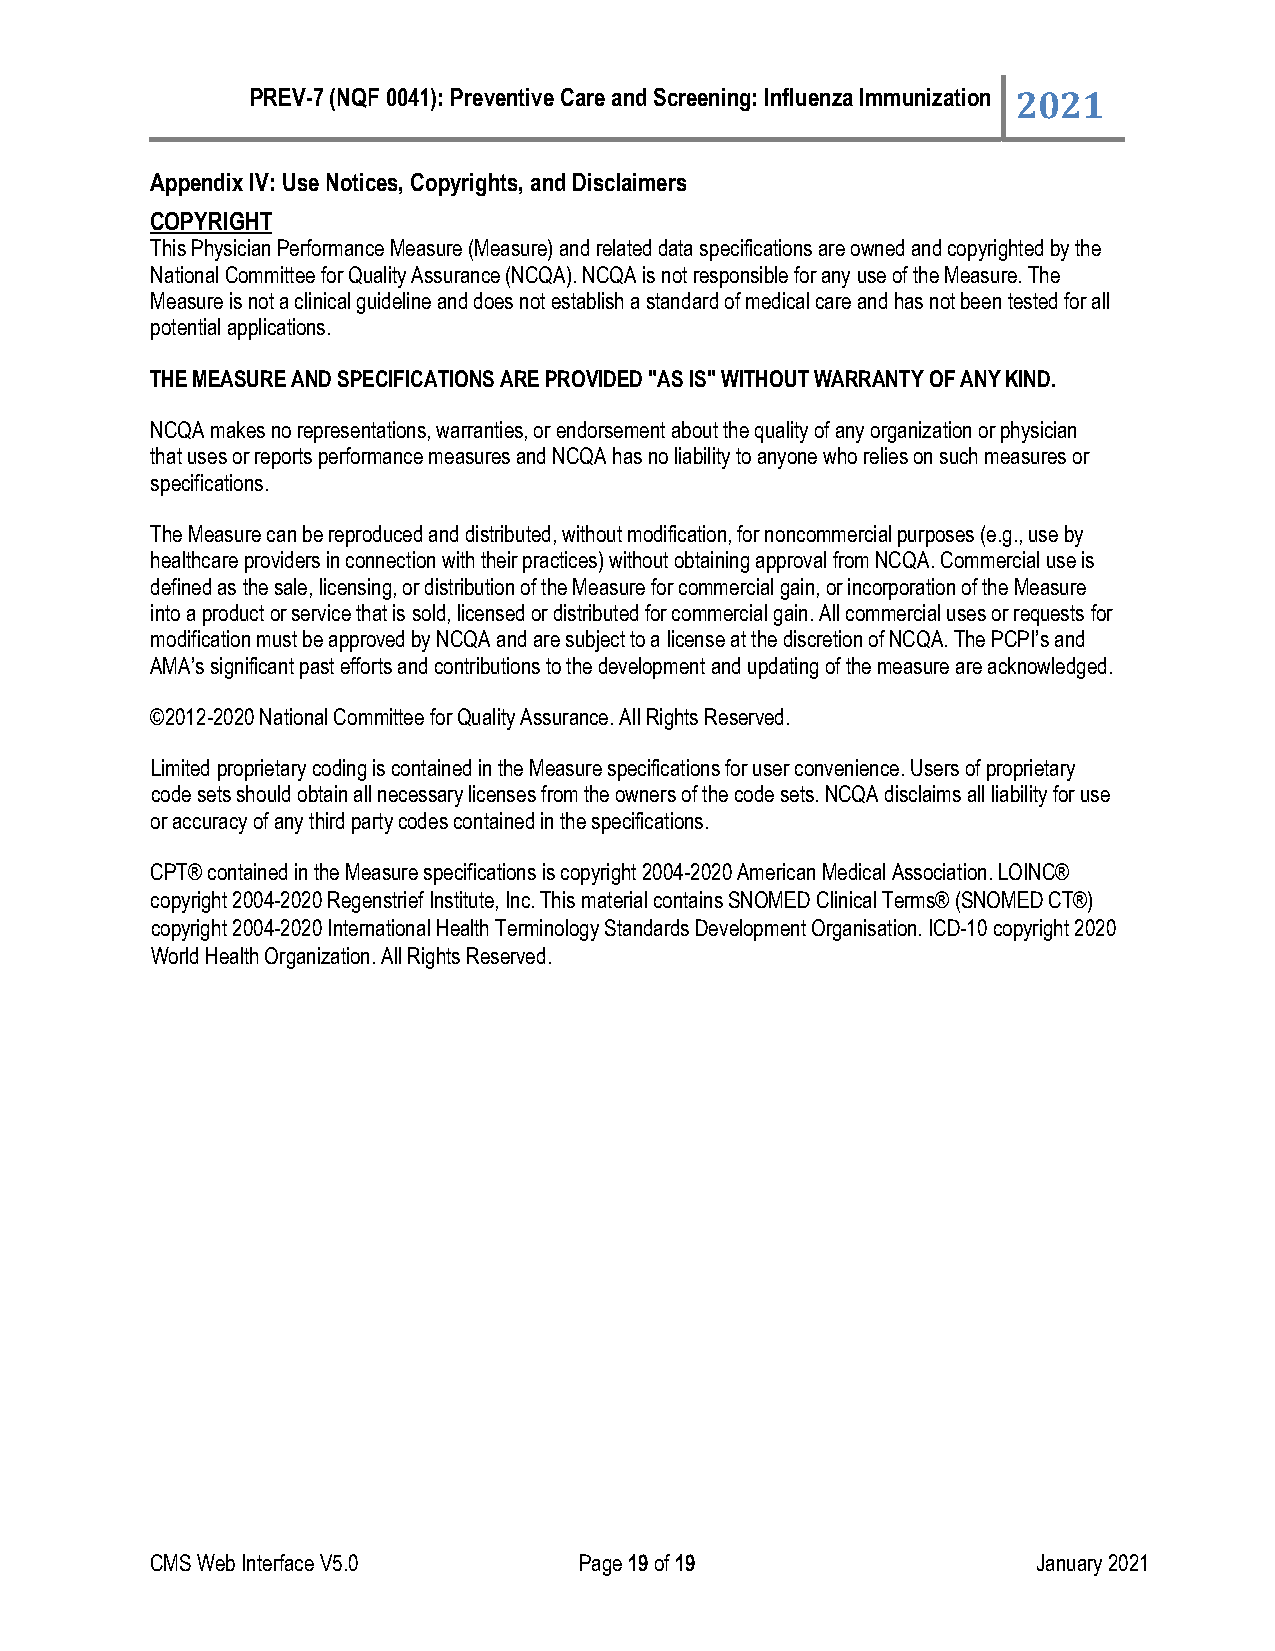
PREV-7 (NQF 0041): Preventive Care and Screening: Influenza Immunization 2021
 Appendix IV: Use Notices, Copyrights, and Disclaimers
 COPYRIGHT
 This Physician Performance Measure (Measure) and related data specifications are owned and copyrighted by the
 National Committee for Quality Assurance (NCQA). NCQA is not responsible for any use of the Measure. The
 Measure is not a clinical guideline and does not establish a standard of medical care and has not been tested for all
 potential applications.
 THE MEASURE AND SPECIFICATIONS ARE PROVIDED "AS IS" WITHOUT WARRANTY OF ANY KIND.
 NCQA makes no representations, warranties, or endorsement about the quality of any organization or physician
 that uses or reports performance measures and NCQA has no liability to anyone who relies on such measures or
 specifications.
 The Measure can be reproduced and distributed, without modification, for noncommercial purposes (e.g., use by
 healthcare providers in connection with their practices) without obtaining approval from NCQA. Commercial use is
 defined as the sale, licensing, or distribution of the Measure for commercial gain, or incorporation of the Measure
 into a product or service that is sold, licensed or distributed for commercial gain. All commercial uses or requests for
 modification must be approved by NCQA and are subject to a license at the discretion of NCQA. The PCPI’s and
 AMA’s significant past efforts and contributions to the development and updating of the measure are acknowledged.
 ©2012-2020 National Committee for Quality Assurance. All Rights Reserved.
 Limited proprietary coding is contained in the Measure specifications for user convenience. Users of proprietary
 code sets should obtain all necessary licenses from the owners of the code sets. NCQA disclaims all liability for use
 or accuracy of any third party codes contained in the specifications.
 CPT® contained in the Measure specifications is copyright 2004-2020 American Medical Association. LOINC®
 copyright 2004-2020 Regenstrief Institute, Inc. This material contains SNOMED Clinical Terms® (SNOMED CT®)
 copyright 2004-2020 International Health Terminology Standards Development Organisation. ICD-10 copyright 2020
 World Health Organization. All Rights Reserved.
 CMS Web Interface V5.0      Page 19 of 19                  January 2021